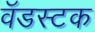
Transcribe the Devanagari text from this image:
वॅडस्टक